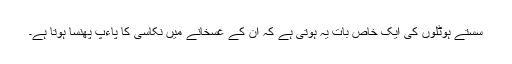
سستے ہوٹلوں کی ایک خاص بات یہ ہوتی ہے کہ ان کے غسخانے میں نکاسی کا پاءپ پھنسا ہوتا ہے۔